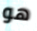
هو